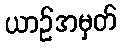
ယာဉ်အမှတ်